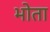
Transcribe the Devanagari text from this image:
भोता